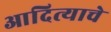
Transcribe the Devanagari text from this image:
आदित्याचे